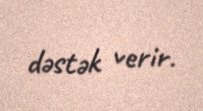
dəstək verir.